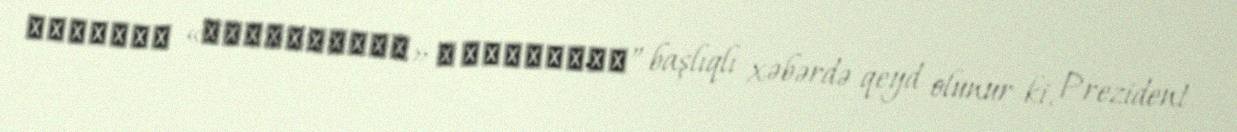
обломки «Искандеров» в Карабахе” başlıqlı xəbərdə qeyd olunur ki, Prezident